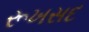
રૂખસદ